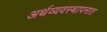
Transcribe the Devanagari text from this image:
अर्थव्यवस्थापनात